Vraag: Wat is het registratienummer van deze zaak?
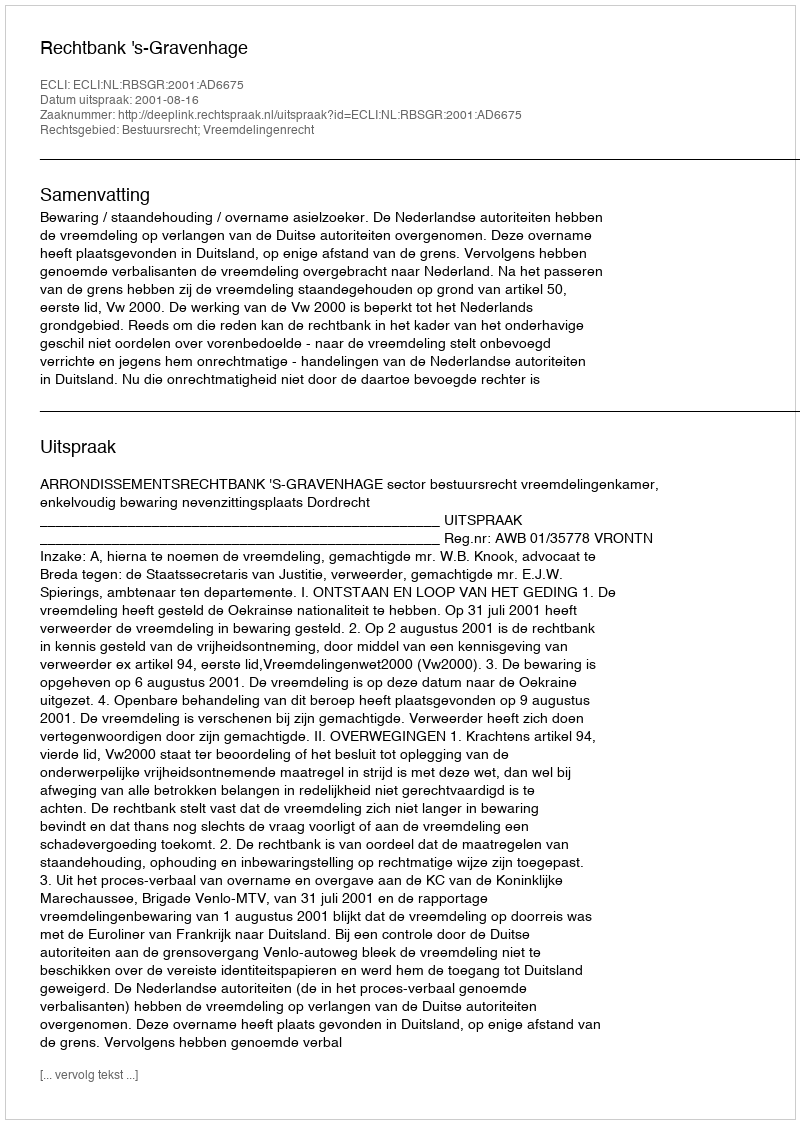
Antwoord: http://deeplink.rechtspraak.nl/uitspraak?id=ECLI:NL:RBSGR:2001:AD6675